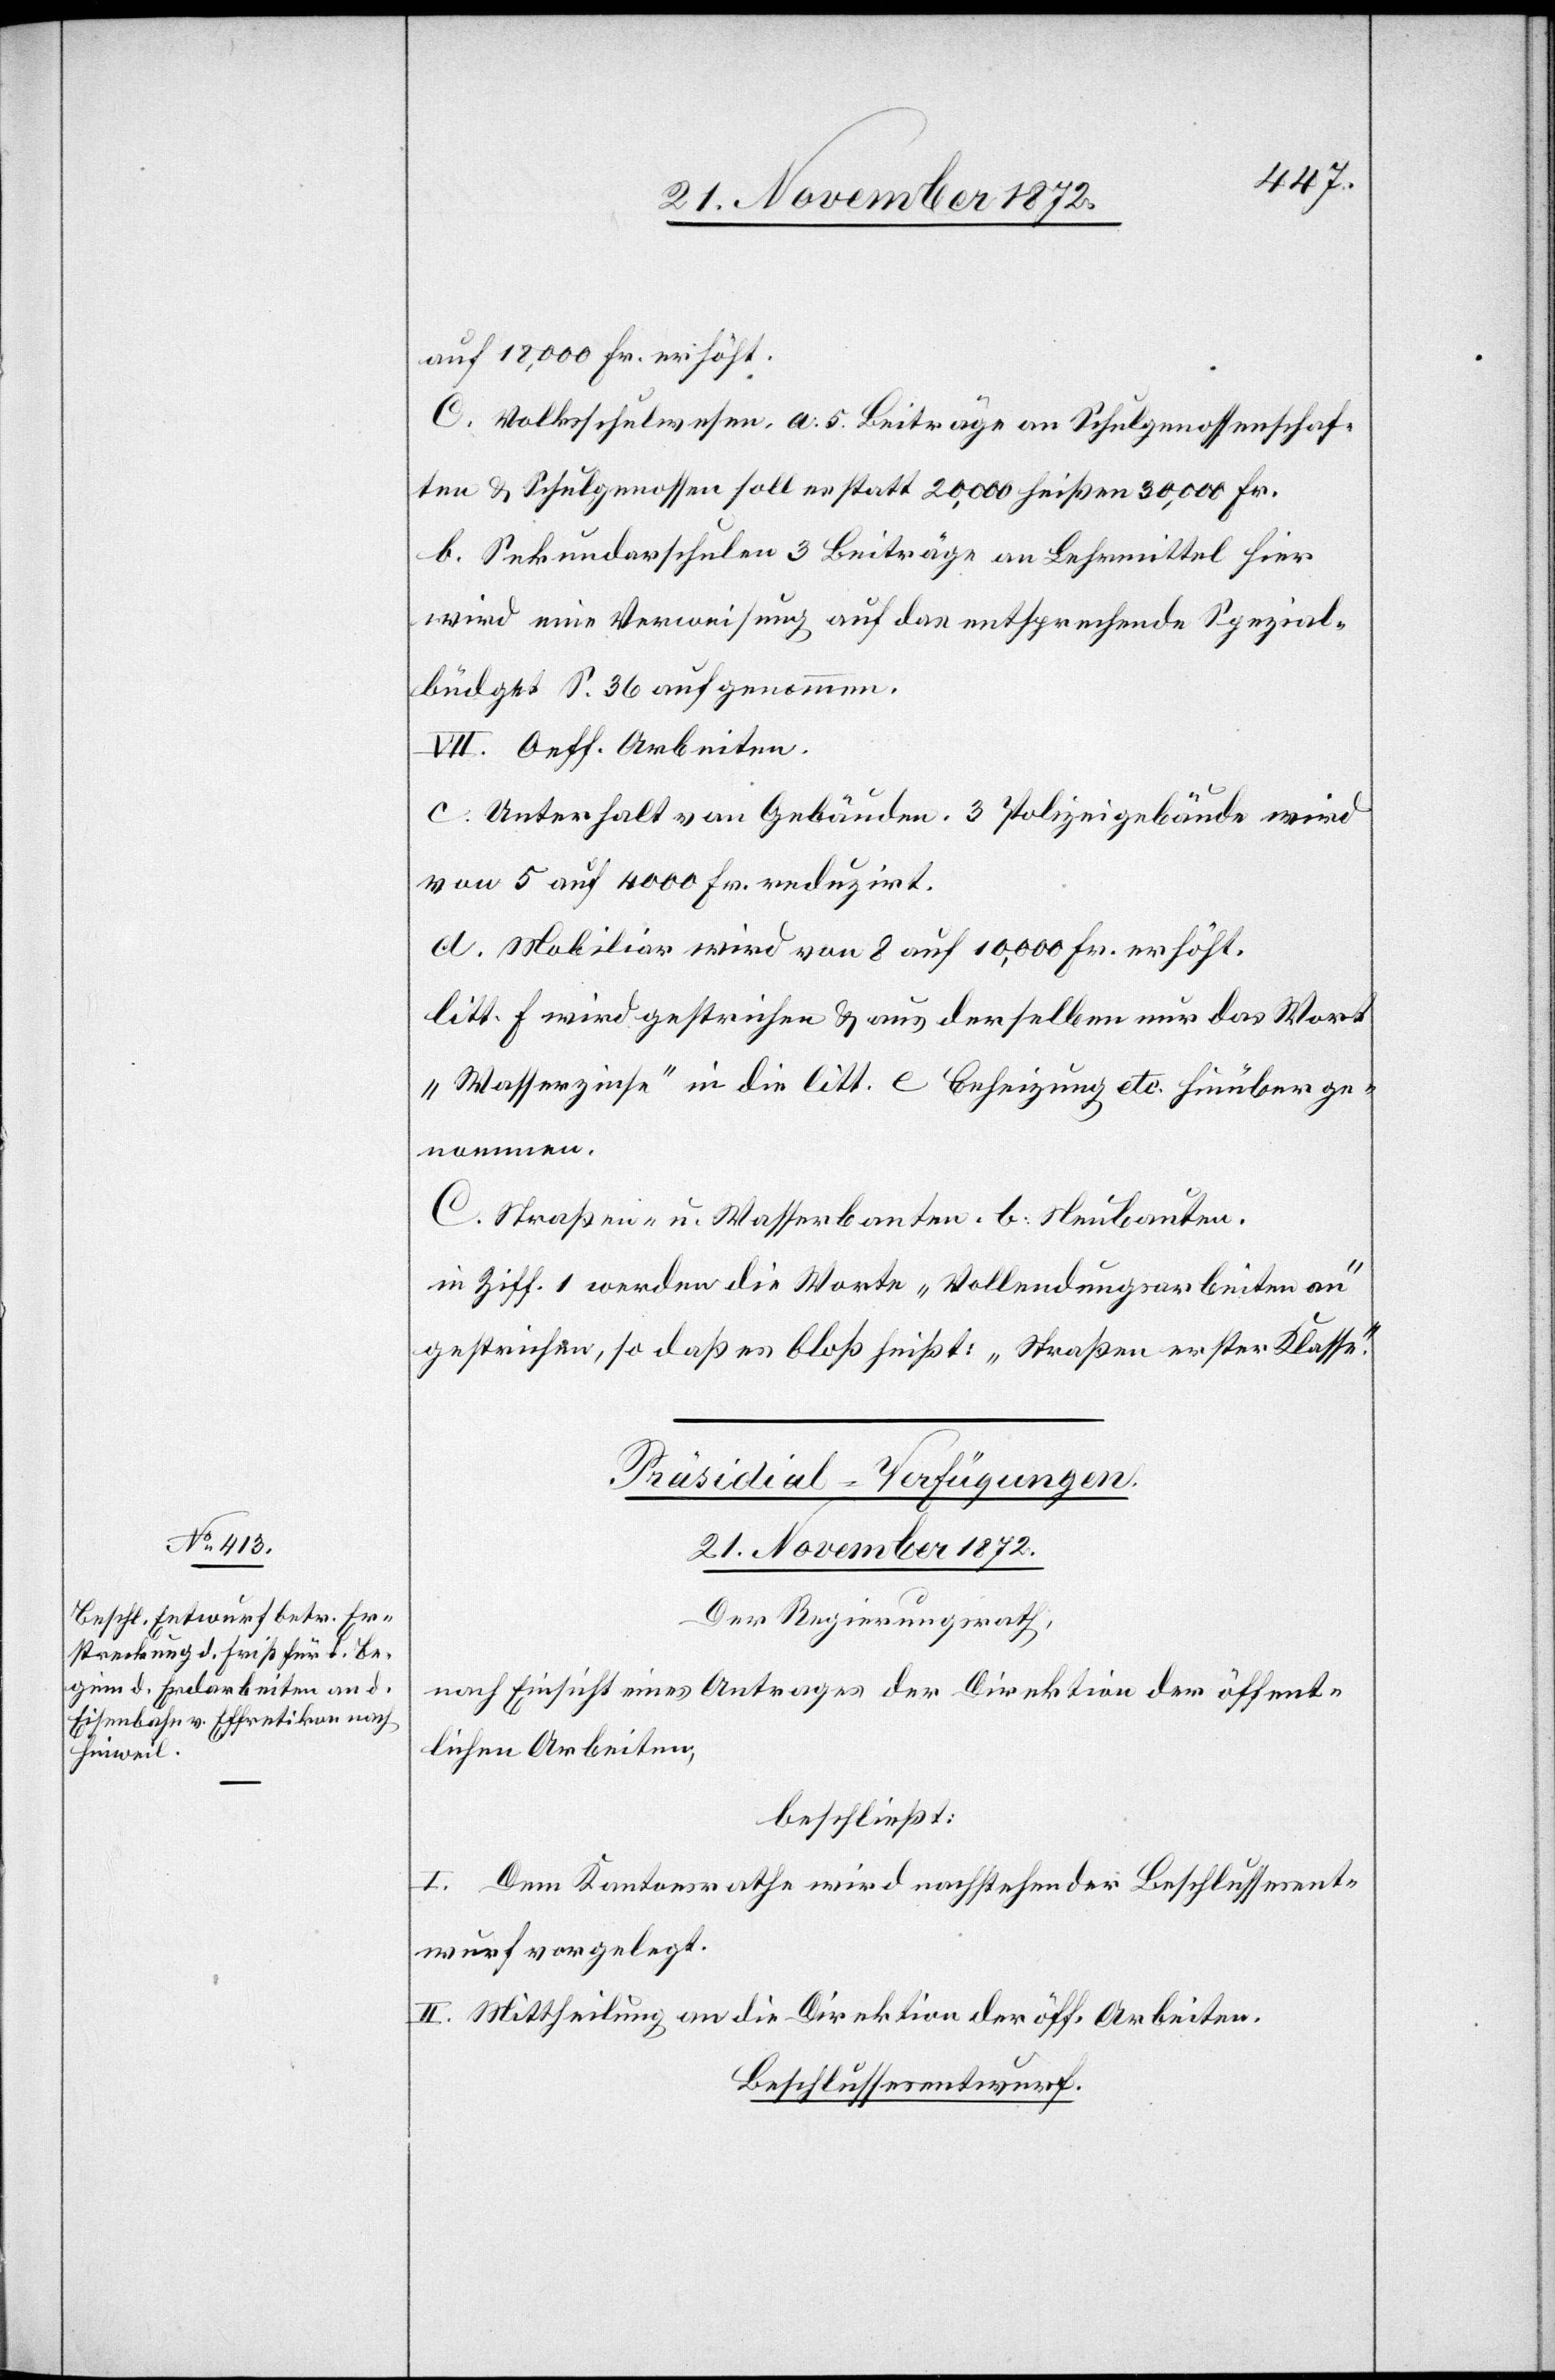
auf 18,000 Fr. erhöht.
Volksschulwesen. a. 5. Beiträge an Schulgenossenschaf¬
ten u. Schulgenossen soll es statt 20,000 heißen 30,000 Fr.
b. Sekundarschulen 3 Beiträge an Lehrmittel hier
wird eine Verweisung auf das entsprechende Spezial¬
büdget S. 36 aufgenommen.
VII. Oeff. Arbeiten.
c. Unterhalt von Gebäuden. 3 Polizeigebäude wird
von 5 auf 4000 Fr. reduzirt.
d. Mobiliar wird von 8 auf 10,000 Fr. erhöht.
litt. f wird gestrichen u. aus derselben nur das Wort
„Wasserzinse“ in die litt. e Beheizung etc. hinüber ge¬
nommen.
C. Straßen- u. Wasserbauten. b: Neubauten.
in Ziff. 1 werden die Worte „Vollendungsarbeiten an“
gestrichen, so daß es bloß heißt: „Straßen erster Klasse“.
Präsidial-Verfügungen
21. November 1872.
Der Regierungsrath,
nach Einsicht eines Antrages der Direktion der öffent¬
lichen Arbeiten,
beschließt:
I. Dem Kantonsrathe wird nachstehender Beschlussesent¬
wurf vorgelegt.
II. Mittheilung an die Direktion der öff. Arbeiten.
Beschlussesentwurf.